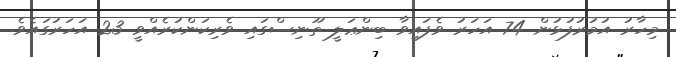
މިހާރު އުމުރުފުޅުން 74 އަހަރު ވެފައިވާ ބިންޢަލީ ތޫނިސްގައި ވެރިކަންކުރެއްވީ 23 އަހަރުގައެވެ.